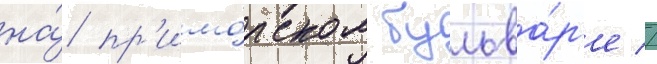
на́ пр'имо́рском бульва́р'е //